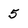
Character: 5